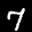
Label: 7